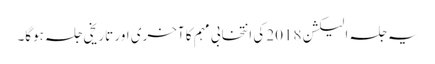
یہ جلسہ الیکشن 2018 کی انتخابی مہم کا آخری اور تاریخی جلسہ ہوگا۔